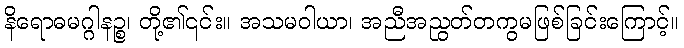
နိရောဓမဂ္ဂါနဉ္စ၊ တို့၏၎င်း။ အသမဝါယာ၊ အညီအညွတ်တကွမဖြစ်ခြင်းကြောင့်။